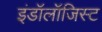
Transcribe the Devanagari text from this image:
इंडॉलॉजिस्ट